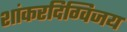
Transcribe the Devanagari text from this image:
शांकरदिग्विजय